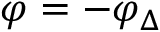
\varphi = - \varphi _ { \Delta }